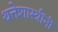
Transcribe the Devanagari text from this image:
थत्तेशास्त्रींनी